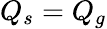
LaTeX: Q_{s}=Q_{g}